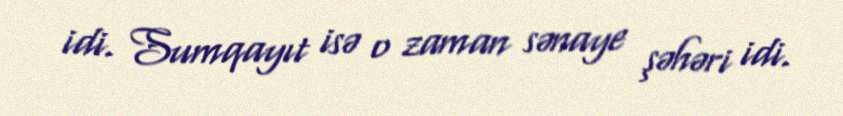
idi. Sumqayıt isə o zaman sənaye şəhəri idi.